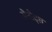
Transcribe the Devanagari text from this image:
सेनोट्स